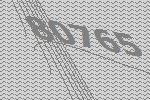
80765